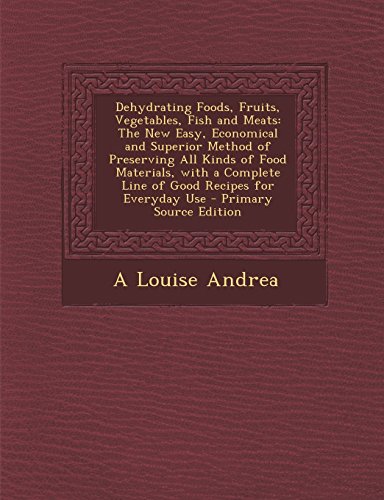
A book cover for Dehydrating Foods, Fruits, Vegetables, Fish and Meats: The New Easy, Economical and Superior Method of Preserving All Kinds of Food Materials, with a ... for Everyday Use - Primary Source Edition; A Louise Andrea; Cookbooks, Food & Wine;